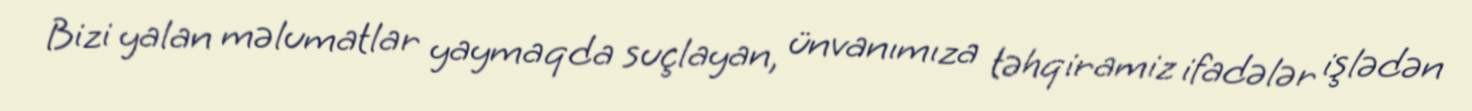
Bizi yalan məlumatlar yaymaqda suçlayan, ünvanımıza təhqiramiz ifadələr işlədən